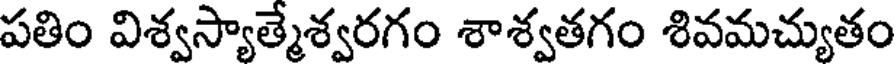
పతిం విశ్వస్యాత్మేశ్వరగం శాశ్వతగం శివమచ్యుతం